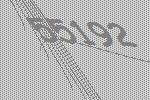
55192